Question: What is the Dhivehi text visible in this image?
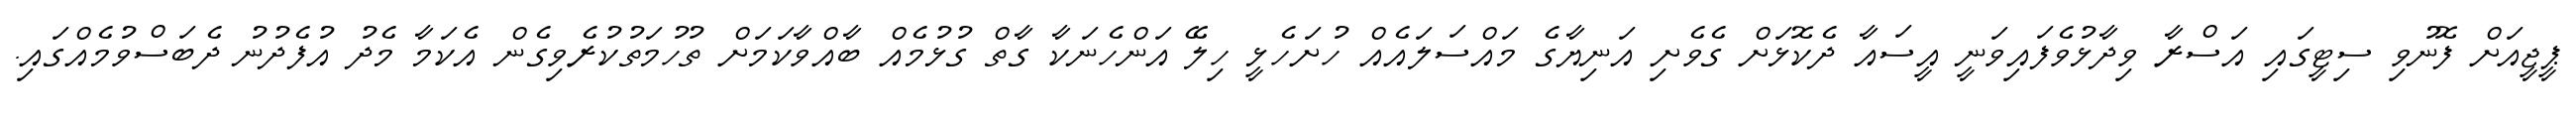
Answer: ޕީޖީއަށް ފޮނުވި ސިޓީގައި އަސްރާ ވިދާޅުވެފައިވަނީ އީސައާ ދެކޮޅަށް ގެވެށި އަނިޔާގެ މައްސަލައެއް ހުށަހެޅީ ހިލޭ އަންހެނަކާ ގާތް ގުޅުމެއް ބާއްވާކަމަށް ތުހުމަތުކުރެވިގެން އެކަމާ މެދު އުފެދުނު ދެބަސްވުމެއްގައި.